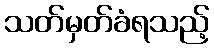
သတ်မှတ်ခံရသည့်